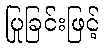
ပြုခြင်းဖြင့်